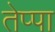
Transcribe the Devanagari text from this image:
तेप्पा